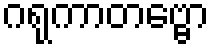
ဂရုကာတဗ္ဗော